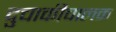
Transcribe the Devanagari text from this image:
दुचाकीचालक